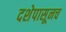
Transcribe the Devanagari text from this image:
दशेपासूनच